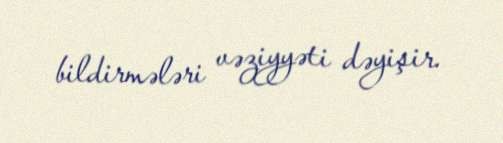
bildirmələri vəziyyəti dəyişir.